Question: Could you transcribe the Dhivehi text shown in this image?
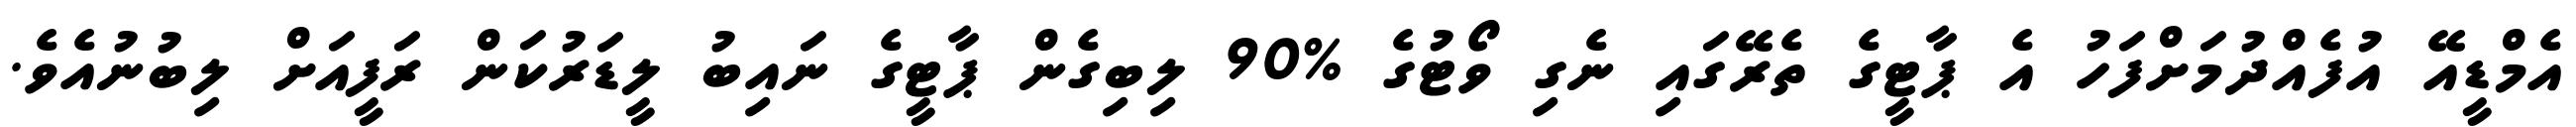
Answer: އެމްޑީއޭ އުފެއްދުމަށްފަހު އެ ޕާޓީގެ ތެރޭގައި ނެގި ވޯޓުގެ %90 ލިބިގެން ޕާޓީގެ ނައިބު ލީޑަރުކަން ރަފީއަށް ލިބުނުއެވެ.